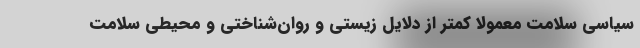
سیاسی سلامت معمولا کمتر از دلایل زیستی و روان‌شناختی و محیطی سلامت